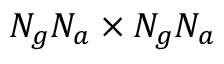
N _ { g } N _ { a } \times N _ { g } N _ { a }